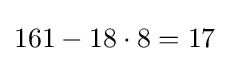
161-18\cdot 8=17